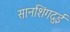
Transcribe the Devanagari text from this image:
सानशिंगदुई